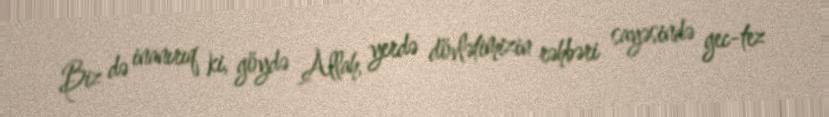
Biz də inanırıq ki, göydə Allah, yerdə dövlətimizin rəhbəri sayəsində gec-tez